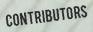
CONTRIBUTORS